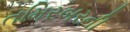
તમિરબરની